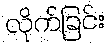
လိုက်ခြင်း